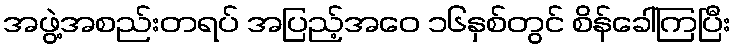
အဖွဲ့အစည်းတရပ် အပြည့်အဝေ ၁၆နှစ်တွင် စိန်ခေါ်ကြပြီး